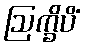
ဩက္ခိပိံ